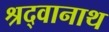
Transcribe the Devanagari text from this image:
श्रद्वानाथ